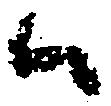
候